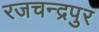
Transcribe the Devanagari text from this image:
रजचन्द्रपुर